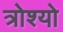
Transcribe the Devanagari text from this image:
त्रोश्यो